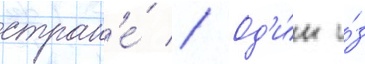
стран'е́ // Од'и́н и́з